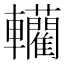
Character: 轥